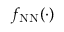
f _ { \mathrm { N N } } ( \cdot )